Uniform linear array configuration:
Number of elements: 48
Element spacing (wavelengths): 0.25
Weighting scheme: exponential
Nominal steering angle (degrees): -60
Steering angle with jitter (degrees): -60.401
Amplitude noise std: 0.05
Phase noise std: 0.05

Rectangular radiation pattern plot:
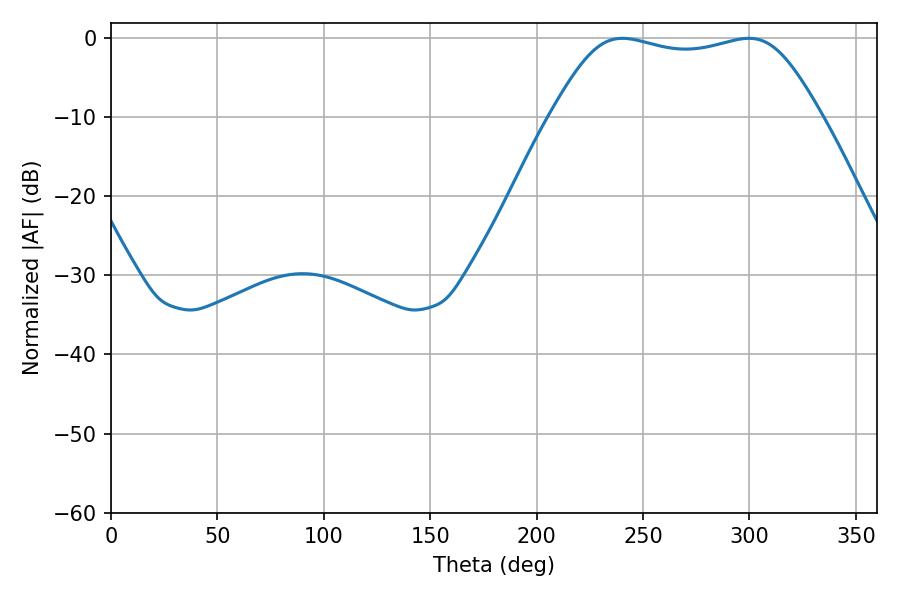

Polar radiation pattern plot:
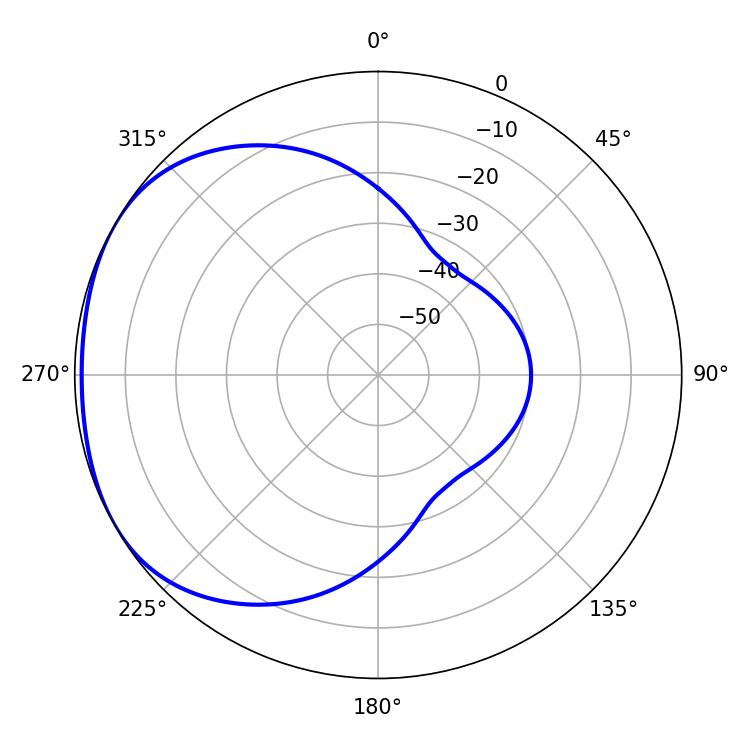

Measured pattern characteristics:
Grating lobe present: FALSE
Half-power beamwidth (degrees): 96.48
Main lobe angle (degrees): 240.3